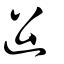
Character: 𨑪